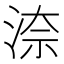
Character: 㴎